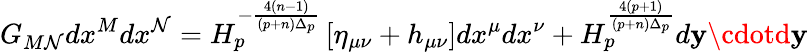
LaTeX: G_{M\mathcal{N}}dx^{M}dx^{\mathcal{N}}=H_{p}^{-{\frac{{4(n-1)}}{{(p+n)\Delta_{p}}}}}\left[\eta_{\mu\nu}+h_{\mu\nu}\right]dx^{\mu}dx^{\nu}+H_{p}^{\frac{{4(p+1)}}{{(p+n)\Delta_{p}}}}d{\mathbf{y}}\cdotd{\mathbf{y}}